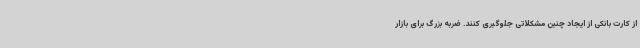
از کارت بانکی از ایجاد چنین مشکلاتی جلوگیری کنند. ضربه بزرگ برای بازار